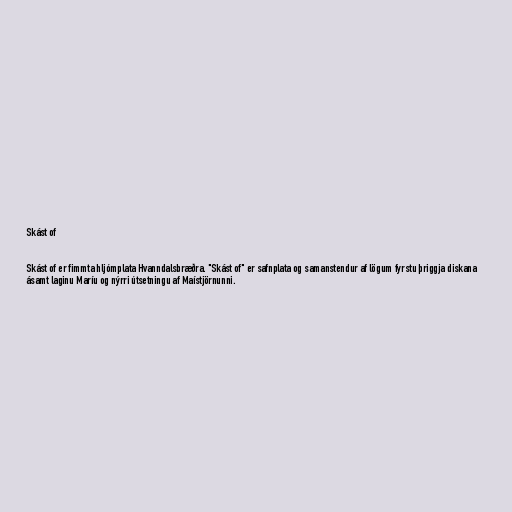
Skást of

Skást of er fimmta hljómplata Hvanndalsbræðra. "Skást of" er safnplata og samanstendur af lögum fyrstu þriggja diskana
ásamt laginu Maríu og nýrri útsetningu af Maístjörnunni.